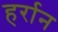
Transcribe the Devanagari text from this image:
हर्रान